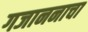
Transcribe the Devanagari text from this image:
गजाननाचा